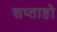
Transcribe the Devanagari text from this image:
सप्ताहो